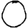
Digit: 0